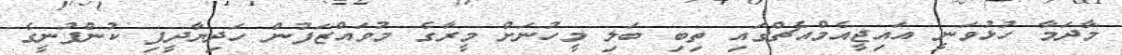
މާދަމާ ހުޅުވަނީ އައިޖީއެމްއެޗްގައި ތިބި ބަލި މީހުނަށް މީރާގެ މުވައްޒަފުން ހަދިޔާދީފި ކުންފުނީގެ